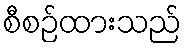
စီစဉ်ထားသည်